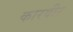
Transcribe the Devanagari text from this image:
कारवीर